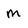
Character: M